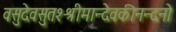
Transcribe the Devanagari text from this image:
वसुदेवसुतश्श्रीमान्देवकीनन्दनो